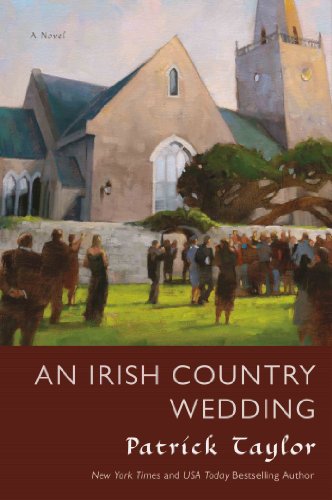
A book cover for An Irish Country Wedding: A Novel (Irish Country Books); Patrick Taylor; Literature & Fiction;